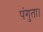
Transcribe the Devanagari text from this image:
पंगुता।